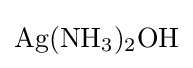
{\ce {Ag(NH3)2OH}}